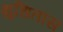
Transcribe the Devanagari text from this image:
क्षुधितांस